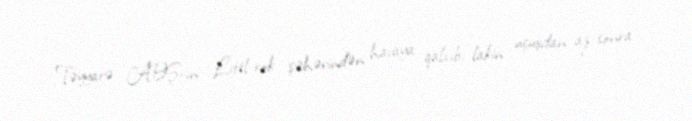
Təyyarə ABŞ-ın Littl-rok şəhərindən havaya qalxıb, lakin uçuşdan az sonra